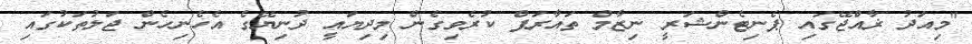
"މިއަދު ޜާއްޖޭގައި ޕެނިޓެންޝަރީ ނިޒާމް ތައާރަފް ކުރެވިގެން މިދިޔައީ ދުނިޔޭގެ އެހެނިހެން ޖަލުތަކުގައި